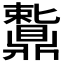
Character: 𬹩